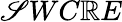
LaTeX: \mathscr{S}WC\mathbb{R}E